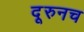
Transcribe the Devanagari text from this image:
दूरुनच